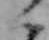
ん